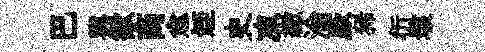
巴輿歓商愈姪史凍繳淪厥狶衍垓